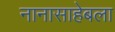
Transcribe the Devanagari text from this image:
नानासाहेबला